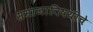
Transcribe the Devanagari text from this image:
समाजाविषयीचे